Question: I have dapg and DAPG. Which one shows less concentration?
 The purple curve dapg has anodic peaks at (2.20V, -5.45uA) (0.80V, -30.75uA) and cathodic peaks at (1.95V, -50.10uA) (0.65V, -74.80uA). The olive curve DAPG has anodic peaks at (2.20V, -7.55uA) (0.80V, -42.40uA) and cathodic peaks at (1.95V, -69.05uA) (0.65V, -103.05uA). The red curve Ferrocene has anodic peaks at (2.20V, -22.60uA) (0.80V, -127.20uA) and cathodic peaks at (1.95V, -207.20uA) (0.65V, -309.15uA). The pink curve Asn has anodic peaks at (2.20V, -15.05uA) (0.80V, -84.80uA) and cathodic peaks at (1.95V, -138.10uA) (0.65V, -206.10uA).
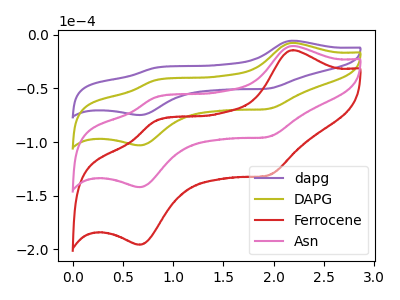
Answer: <think>All the peaks in "dapg" have a peak in "DAPG" at the same potential.
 </think>
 <answer>I cant tell if "dapg" or "DAPG" has higher concentration.</answer>
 <eval>mixed_concentration</eval>